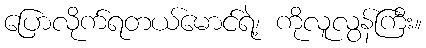
ပြောလိုက်ရတယ်မောင်ရဲ့၊ ကိုလူလွန်ကြီး။